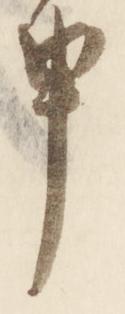
申